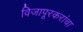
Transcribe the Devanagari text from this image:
विजापूरकरांचा